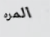
المره